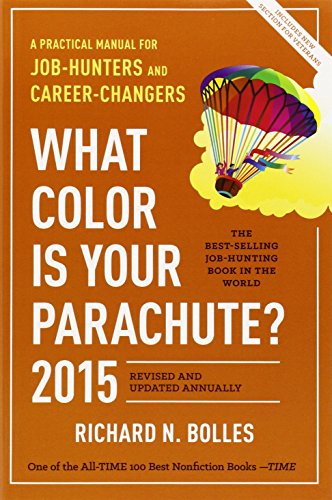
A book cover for What Color Is Your Parachute? 2015: A Practical Manual for Job-Hunters and Career-Changers; Richard N. Bolles; Business & Money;